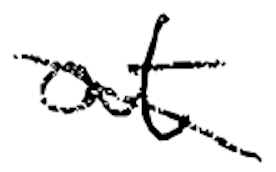
Text: at
Cross-out: diagonal
Writing tool: digital_black